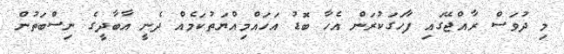
މި ދުވަސް ރާއްޖޭގައި ފާހަގަކުރަން އެހާ ބޮޑު އަހައްމިއްޔަތުކަމެއް ދެނީ އާބާދީގެ ނިސްބަތުން